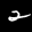
Label: 2